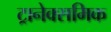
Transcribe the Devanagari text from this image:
ट्रानेक्समिक